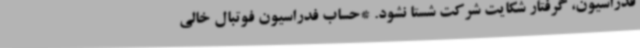
فدراسیون، گرفتار شکایت شرکت شستا نشود. *حساب فدراسیون فوتبال خالی